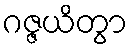
ဂဇ္ဇယိတွာ